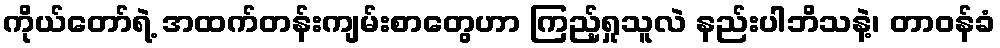
ကိုယ်တော်ရဲ့ အထက်တန်းကျမ်းစာတွေဟာ ကြည့်ရှုသူလဲ နည်းပါဘိသနဲ့၊ တာဝန်ခံ